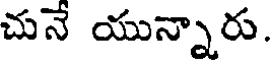
చునే యున్నారు.